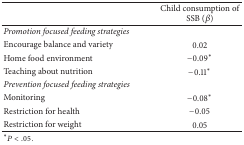
<table><thead><tr><td><b> </b></td><td><b>Child consumption of SSB (<i>β</i>)</b></td></tr></thead><tbody><tr><td><i>Promotion focused feeding strategies </i></td><td> </td></tr><tr><td>Encourage balance and variety</td><td> 0.02</td></tr><tr><td>Home food environment</td><td>−0.09<sup>*</sup></td></tr><tr><td>Teaching about nutrition</td><td>−0.11<sup>*</sup></td></tr><tr><td><i>Prevention focused feeding strategies </i></td><td> </td></tr><tr><td>Monitoring</td><td>−0.08<sup>*</sup></td></tr><tr><td>Restriction for health</td><td>−0.05</td></tr><tr><td>Restriction for weight</td><td> 0.05</td></tr></tbody></table>